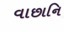
વાછાનિ